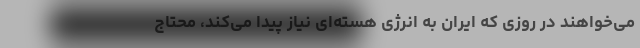
می‌خواهند در روزی که ایران به انرژی هسته‌ای نیاز پیدا می‌کند، محتاج